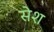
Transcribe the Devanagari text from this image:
सेश